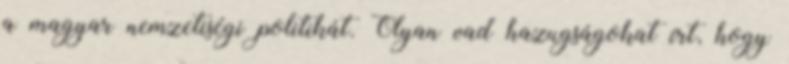
a magyar nemzetiségi politikát. Olyan vad hazugságokat írt, hogy